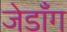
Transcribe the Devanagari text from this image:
जेडाँग